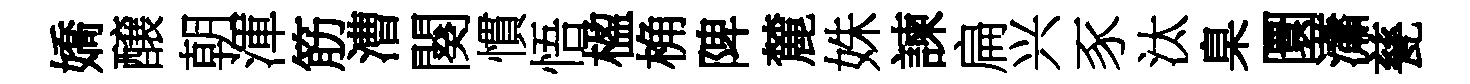
嬌醸朝渾筋漕闋慣悟楹桷陴麓姝諫扁兴豕汰臬圜瀟甆